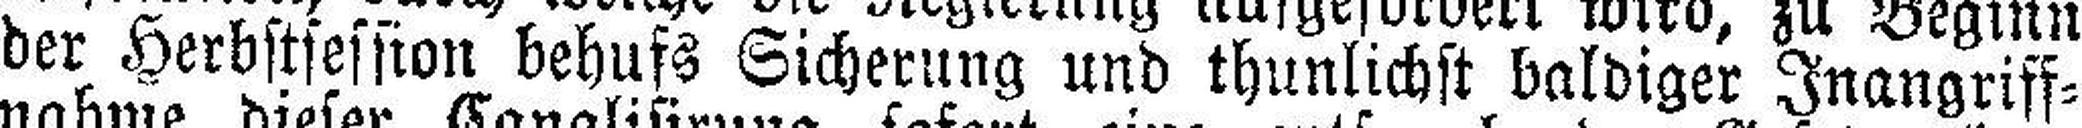
der Herbstsession behufs Sicherung und thunlichst baldiger Inangriff¬